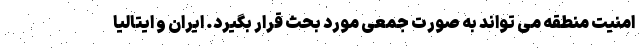
امنیت منطقه می تواند به صورت جمعی مورد بحث قرار بگیرد. ایران و ایتالیا